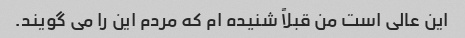
این عالی است من قبلاً شنیده ام که مردم این را می گویند.